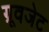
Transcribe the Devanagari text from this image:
ग्रूवजेट